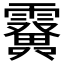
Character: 𩆫